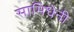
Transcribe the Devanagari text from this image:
सामिधेनी